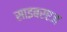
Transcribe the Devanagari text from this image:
साइबरएज